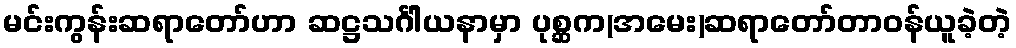
မင်းကွန်းဆရာတော်ဟာ ဆဋ္ဌသင်္ဂါယနာမှာ ပုစ္ဆက(အမေး)ဆရာတော်တာဝန်ယူခဲ့တဲ့